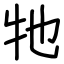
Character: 牠